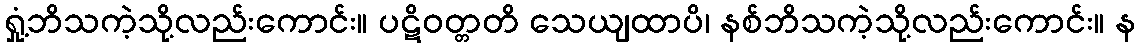
ရှုံ့ဘိသကဲ့သို့လည်းကောင်း။ ပဋိဝတ္တတိ သေယျထာပိ၊ နစ်ဘိသကဲ့သို့လည်းကောင်း။ န